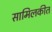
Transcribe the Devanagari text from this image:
सामिलकीत